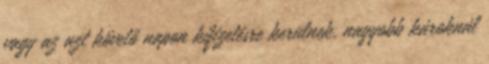
vagy az azt követő napon kifizetésre kerülnek, nagyobb károknál